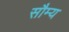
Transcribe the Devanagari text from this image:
सौम्‍य